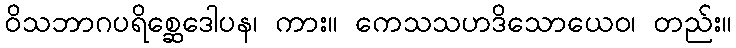
ဝိသဘာဂပရိစ္ဆေဒေါပန၊ ကား။ ကေသသဟဒိသောယေဝ၊ တည်း။